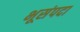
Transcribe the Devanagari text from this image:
भूसंपदा